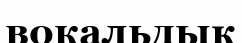
вокальдық